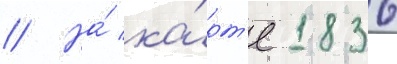
// На́ ка́рт'е 1836